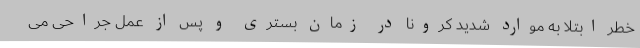
خطر ابتلا به‌ موارد شدید کرونا در زمان بستری و پس از عمل جراحی می